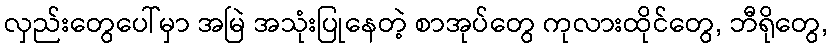
လှည်းတွေပေါ်မှာ အမြဲ အသုံးပြုနေတဲ့ စာအုပ်တွေ ကုလားထိုင်တွေ, ဘီရိုတွေ,